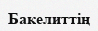
Бакелиттің